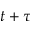
t + \tau